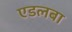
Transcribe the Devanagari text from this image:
एडलबा